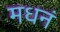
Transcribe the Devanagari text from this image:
मधनं